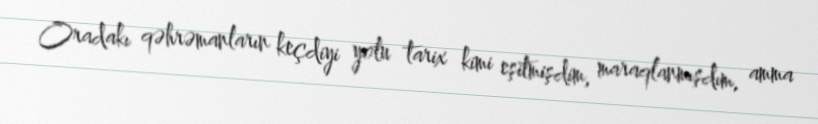
Oradakı qəhrəmanların keçdiyi yolu tarix kimi eşitmişdim, maraqlanmışdım, amma